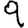
Digit: 9